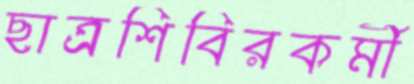
ছাত্রশিবিরকর্মী